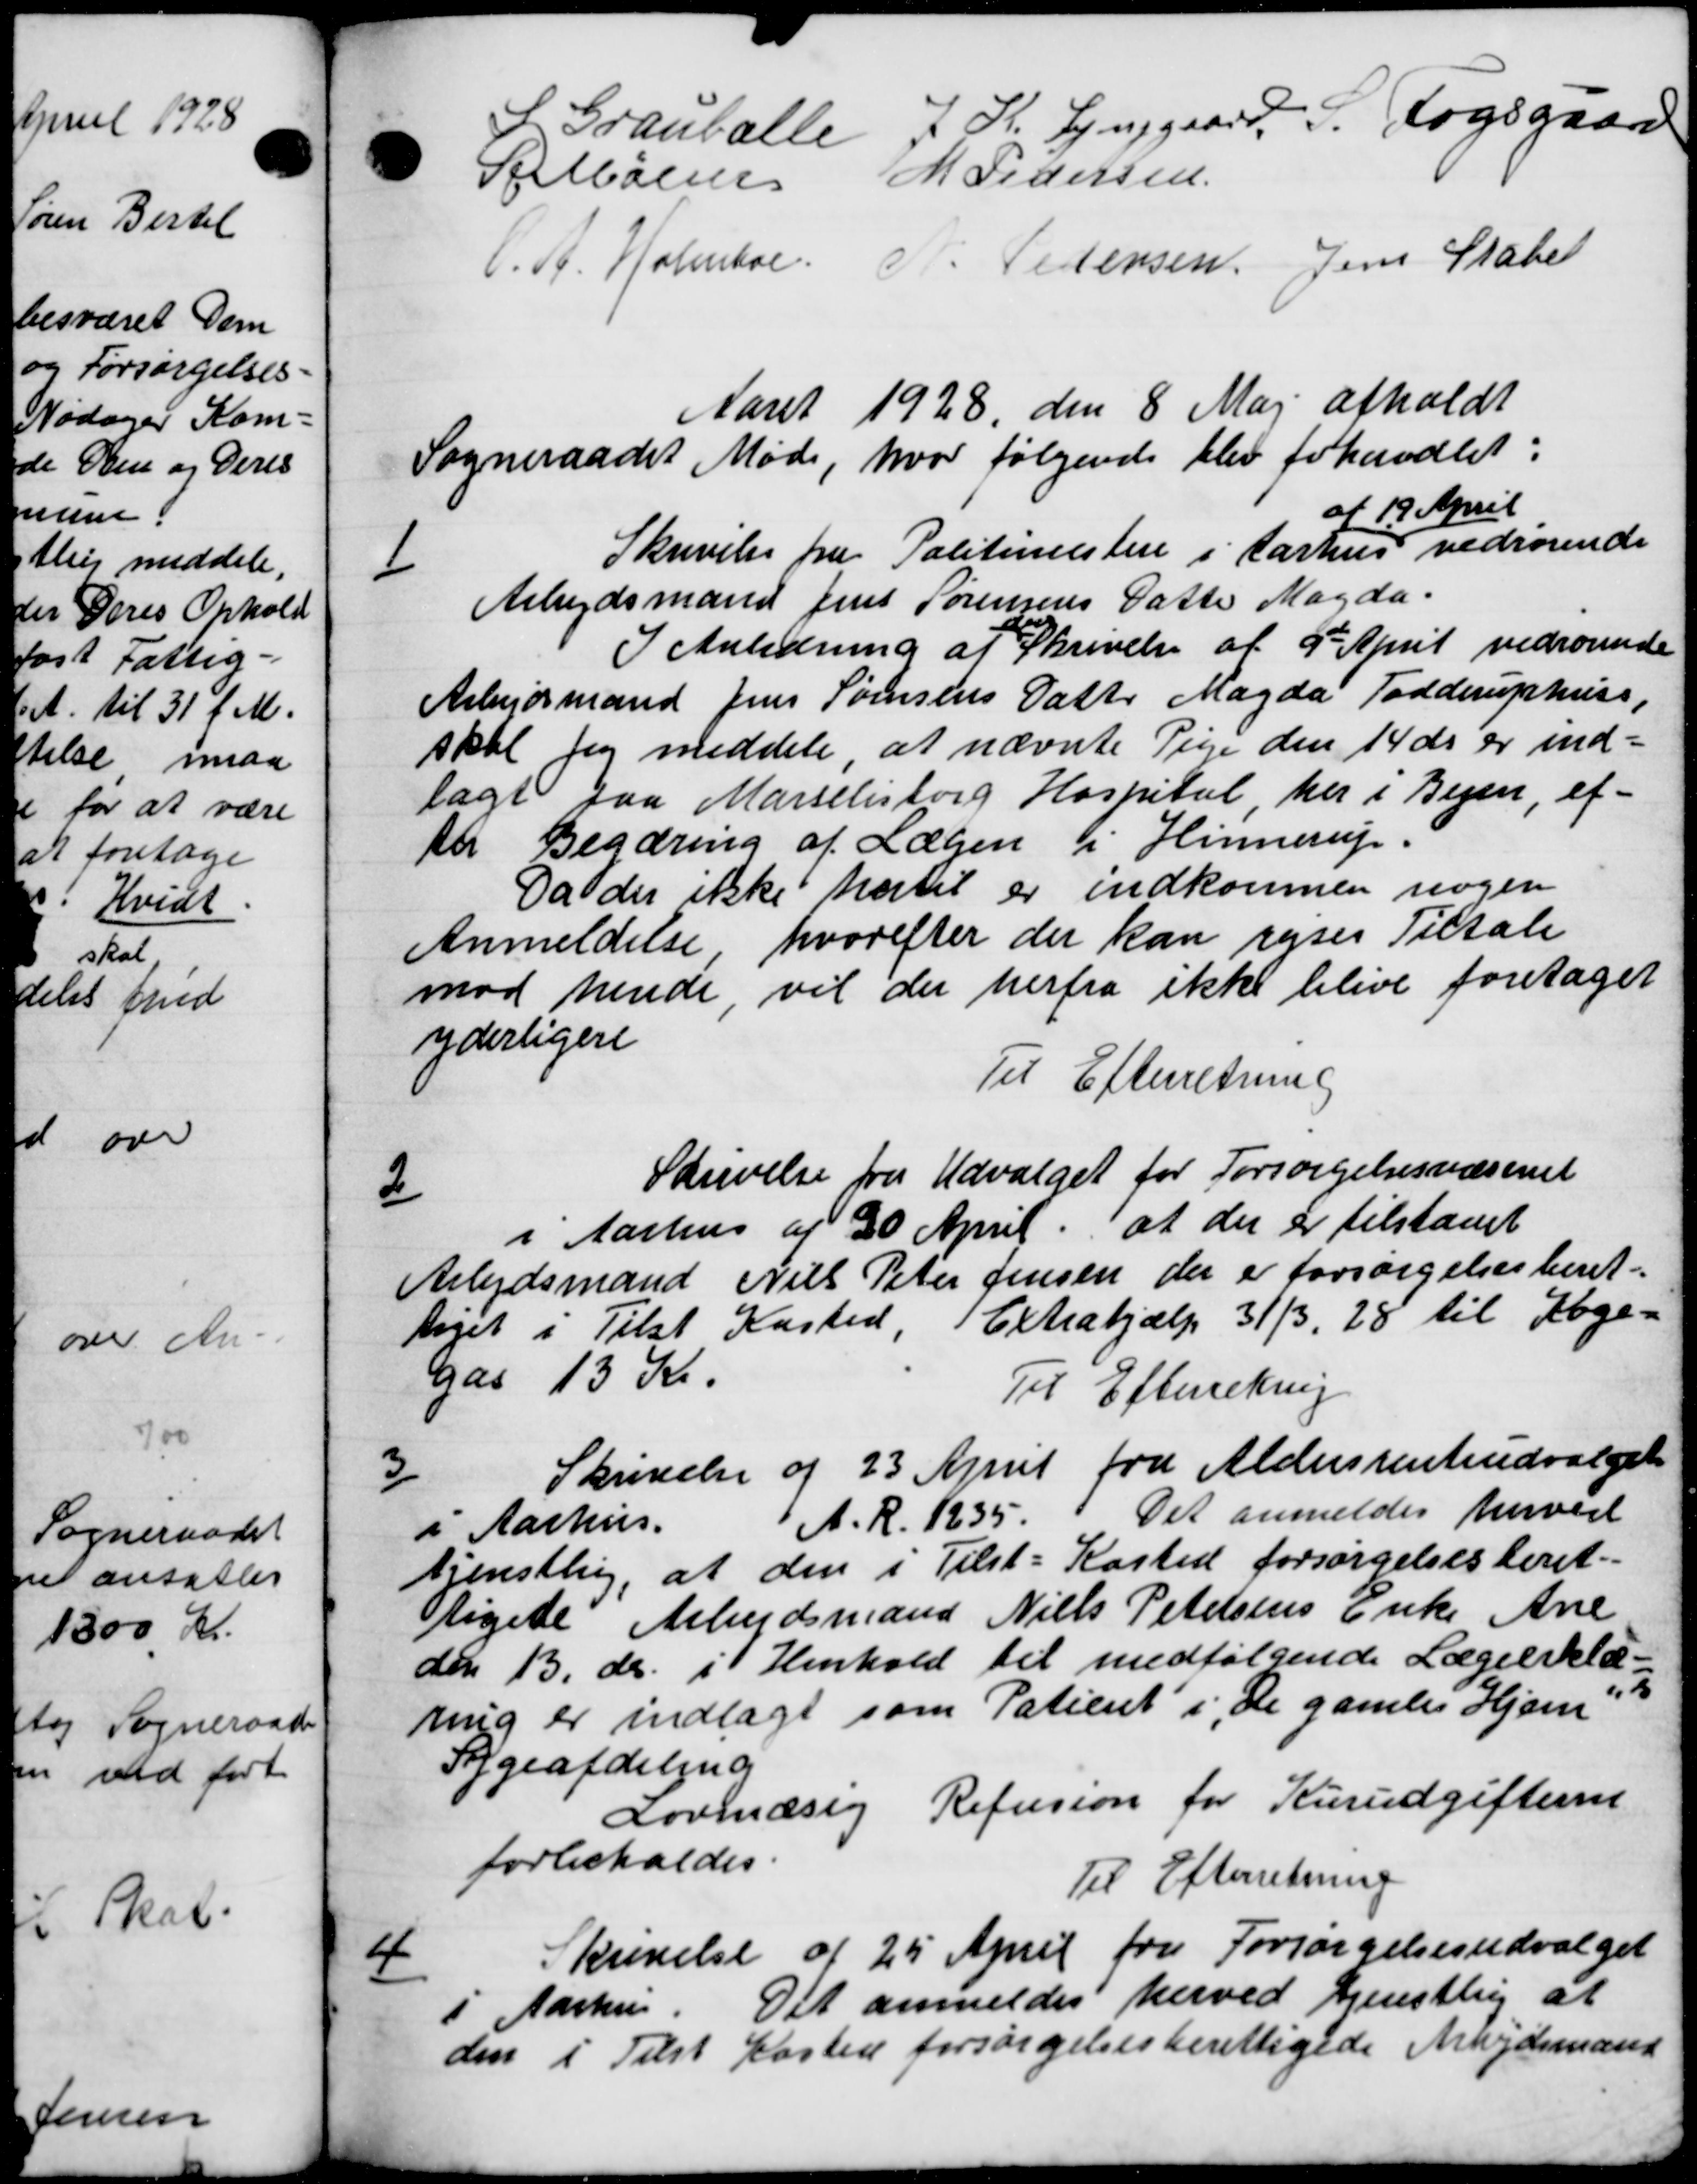
Transskription:
L. Grauballe
7 K. Ljunggaard P. Fogsgaard
Selballe
M Pedersen
C. St. Holmboe.
N. Pedersen Jens Statet
Aaret 1928 den 8 Maj afholdt
Sogneraadet Møde, hvor følgende blev forhandlet:
af 19 April

Skrivelse fra Politimestere i Aarhus vedrørende
Arbejdsmand Jens Sørensens Datte Magda.
I Anledning af Skrivelse af 9de April vedrørende
Arbejdsmand Jens Sørensens Datter Magda Todderuphuss,
skal jeg meddele, at nævnte Pige den 14 ds er ind=
lagt fra Marselisborg Hospital her i Begen, ef-
til Begæring af Lægen i Hinnerup.
Da der ikke hertil er indkommen nogen
Anmeldelse hvorefter der kan rejses Tiltale
mod hende vil der herfra ikke blive foretaget
yderligere
Til Efterretning
2
Skrivelse fra Udvalget for Forsørgelsesvæsenet
i Aarhus af 20 April at der er tilstaaet
Arbejdsmand Niels Peter Jensen der er forsørgelsesberet-
taget i Tilst Kasted 1 Extrahjælp 31/3, 28 til Koge-
Gas 13 Kr.
Til Efterretning
3/
Skrivelse af 23 April fra Aldersrenteudvalget
i Aarhus.
A. R. 1935.
Det anmeldes herved
tjenstlig, at den i Tilst-Kasted forsørgelsesberet-
tligede Arbejdsmand Niels Petersens Enke Ane
den 13. ds. i Henhold til medfølgende Lægeerklæ-
ring er indlagt som Patient i "De gamles Hjem
Sygeafdeling
Lovmæsig Refusion for Kurudgifterne
forbeholdes.
Til Efterretning

Skrivelse af 25 April fra Forsørgelsesudvalget
i Aarhus. Det anmeldes herved Gjenstlig at
den i Tilst Kasted forsørgelsesberettigede Arbejdsmænd